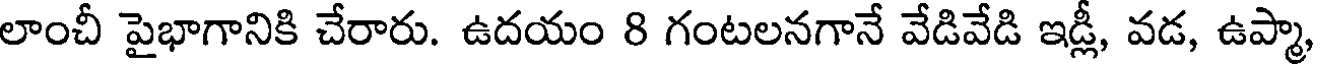
లాంచీ పైభాగానికి చేరారు. ఉదయం 8 గంటలనగానే వేడివేడి ఇడ్లీ, వడ, ఉప్మా